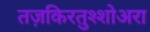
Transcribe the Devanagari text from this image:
तज़किरतुश्शोअरा